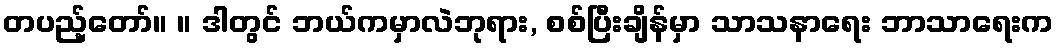
တပည့်တော်။ ။ ဒါတွင် ဘယ်ကမှာလဲဘုရား, စစ်ပြီးချိန်မှာ သာသနာရေး ဘာသာရေးက